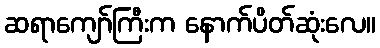
ဆရာကျော်ကြီးက နောက်ပိတ်ဆုံးလေ။